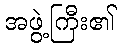
အဖွဲ့ကြီး၏